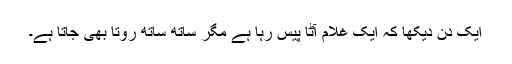
ایک دن دیکھا کہ ایک غلام آٹا پیس رہا ہے مگر ساتھ ساتھ روتا بھی جاتا ہے۔